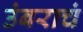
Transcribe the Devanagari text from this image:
उंबराचं